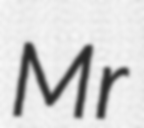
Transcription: Mr